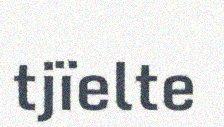
tjïelte